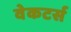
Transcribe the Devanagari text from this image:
वेकटर्स